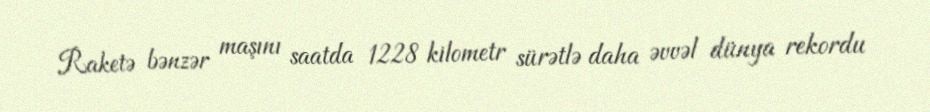
Raketə bənzər maşını saatda 1228 kilometr sürətlə daha əvvəl dünya rekordu